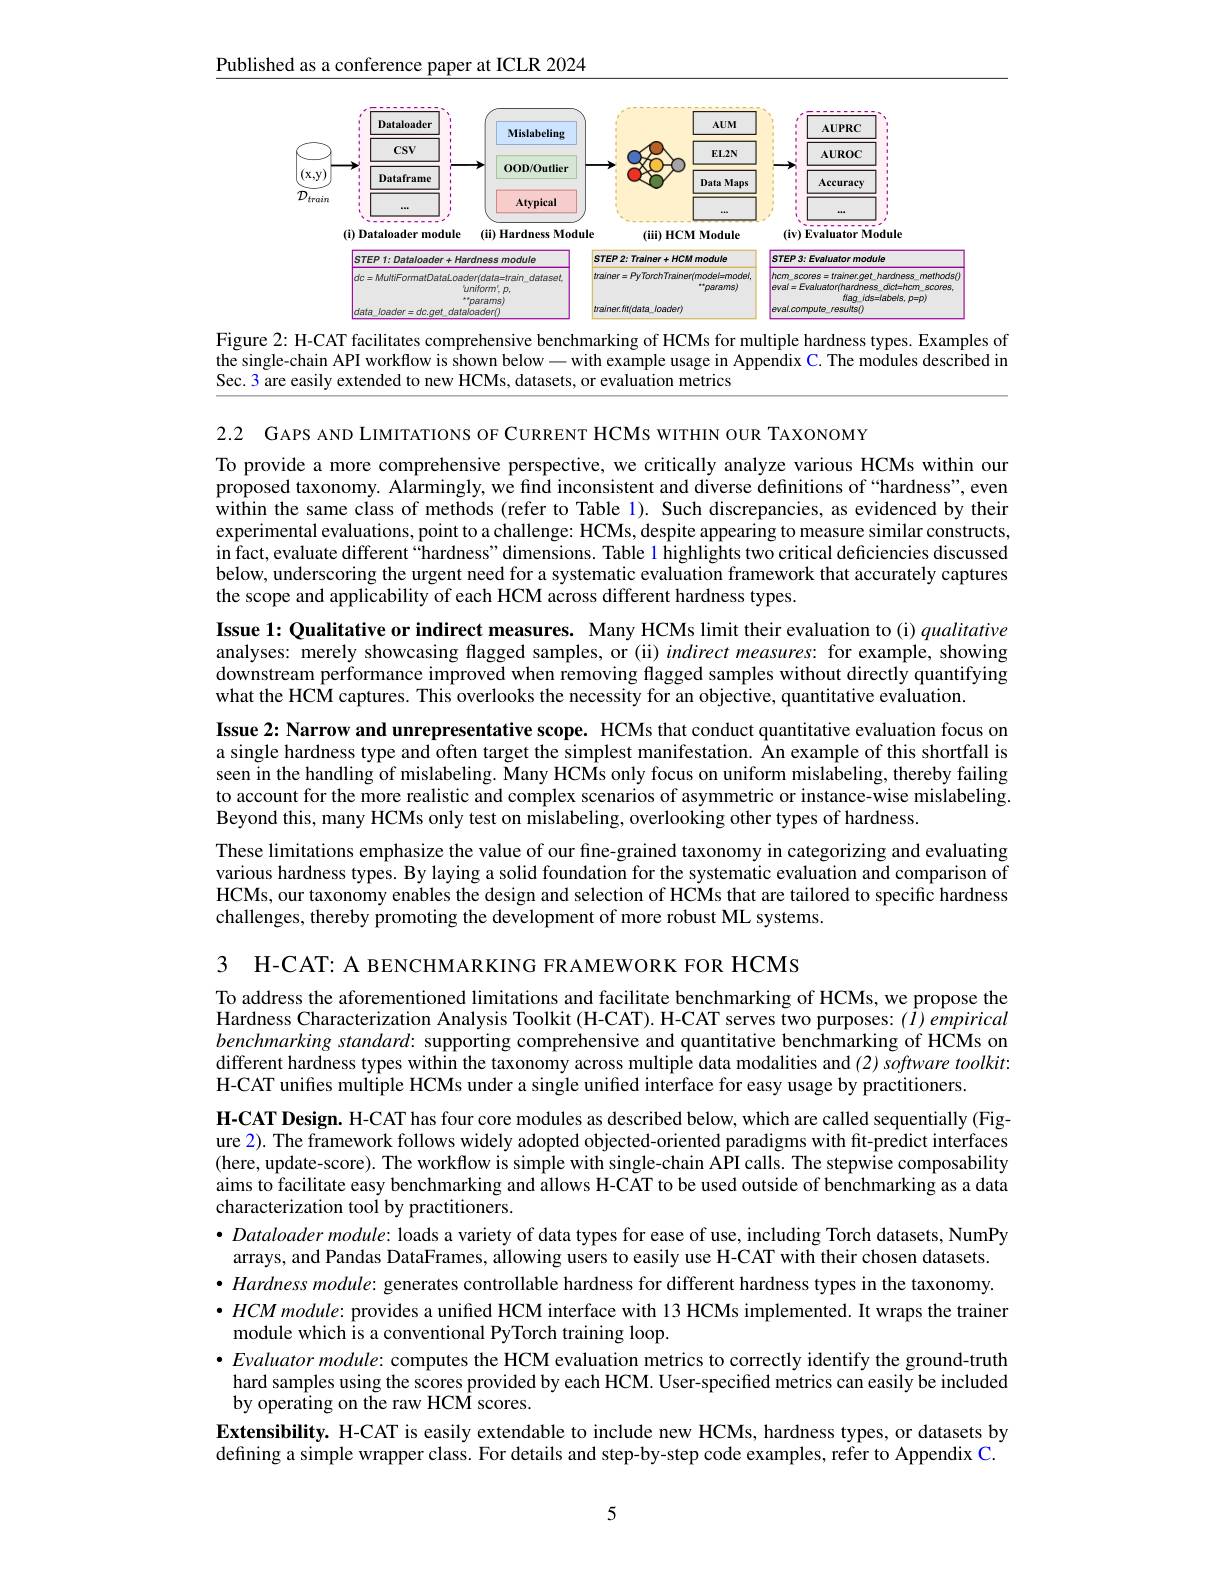
Published as a conference paper at ICLR 2024

<FigureHere>
Figure 2: H-CAT facilitates comprehensive benchmarking of HCMs for multiple hardness types. Examples of

the single-chain API workflow is shown below -with example usage in Appendix C. The modules described in
Sec. 3 are easily extended to new HCMs, datasets, or evaluation metrics

2.2 GAPS AND LIMITATIONS OF CURRENT HCMs WITHIN OUR TAXONOMY
To provide a more comprehensive perspective, we critically analyze various HCMs within our proposed taxonomy. Alarmingly, we find inconsistent and diverse definitions of “hardness”, even within the same class of methods (refer to Table 1). Such discrepancies, as evidenced by their experimental evaluations, point to a challenge: HCMs, despite appearing to measure similar constructs, in fact, evaluate different “hardness” dimensions. Table 1 highlights two critical deficiencies discussed below, underscoring the urgent need for a systematic evaluation framework that accurately captures the scope and applicability of each HCM across different hardness types.

Issue 1: Qualitative or indirect measures. Many HCMs limit their evaluation to (i) qualitative analyses: merely showcasing flagged samples, or (ii) indirect measures: for example, showing $\dot{\text{downstream performance improved when removing flagged samples without directly quantifying}}$ what the HCM captures. This overlooks the necessity for an objective, quantitative evaluation.
Issue 2: Narrow and unrepresentative scope. HCMs that conduct quantitative evaluation focus on a single hardness type and often target the simplest manifestation. An example of this shortfall is seen in the handling of mislabeling. Many HCMs only focus on uniform mislabeling, thereby failing to account for the more realistic and complex scenarios of asymmetric or instance-wise mislabeling. Beyond this, many HCMs only test on mislabeling, overlooking other types of hardness.
These limitations emphasize the value of our fine-grained taxonomy in categorizing and evaluating various hardness types. By laying a solid foundation for the systematic evaluation and comparison of HCMs, our taxonomy enables the design and selection of HCMs that are tailored to specific hardness challenges, thereby promoting the development of more robust ML systems.
3 H-CAT: A BENCHMARKING FRAMEWORK FOR HCMs

To address the aforementioned limitations and facilitate benchmarking of HCMs, we propose the Hardness Characterization Analysis Toolkit (H-CAT). H-CAT serves two purposes: $(\hat{I})empirical$ benchmarking standard: supporting comprehensive and quantitative benchmarking of HCMs on different hardness types within the taxonomy across multiple data modalities and $( 2) \textit{software toolkit: }$ H-CAT unifes multiple HCMs under a single unified interface for easy usage by practitioners.
H-CAT Design. H-CAT has four core modules as described below, which are called sequentially (Figure 2). The framework follows widely adopted objected-oriented paradigms with fit-predict interfaces (here, update-score). The workflow is simple with single-chain API calls. The stepwise composability aims to facilitate easy benchmarking and allows H-CAT to be used outside of benchmarking as a data characterization tool by practitioners.
$\bullet$ Dataloader module: loads a variety of data types for ease of use, including Torch datasets, NumPy arrays, and Pandas DataFrames, allowing users to easily use H-CAT with their chosen datasets.
$\bullet \textit{Hardness module: generates controllable hardness for different hardness types in the taxonomy. }$ $\bullet HCM\textit{ module: provides a unified HCM interface with 13 HCMs implemented. It wraps the trainer}$ module which is a conventional PyTorch training loop.
· Evaluator module: computes the HCM evaluation metrics to correctly identify the ground-truth
hard samples using the scores provided by each HCM. User-specified metrics can easily be included
by operating on the raw HCM scores.
Extensibility. H-CAT is easily extendable to include new HCMs, hardness types, or datasets by defining a simple wrapper class. For details and step-by-step code examples, refer to Appendix C.

5